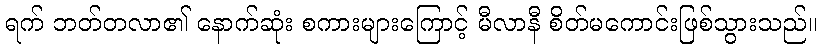
ရက် ဘတ်တလာ၏ နောက်ဆုံး စကားများကြောင့် မီလာနီ စိတ်မကောင်းဖြစ်သွားသည်။